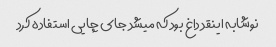
نوشابه اینقد داغ بود که میشد جای چایی استفاده کرد